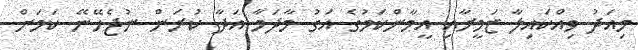
މިއަދު ވިއްކައިލާ ޒަމީރާއި އީމާންކަމުގެ އަގު މާދަމާ އަދާ ކުރަން ނުޖެހޭނޭ ކަމަށް